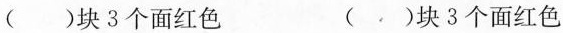
()块3个面红色()块3个面红色